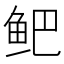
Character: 鲃